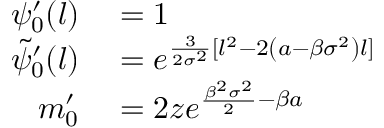
\begin{array} { r l } { \psi _ { 0 } ^ { \prime } ( l ) } & { { } = 1 } \\ { \tilde { \psi } _ { 0 } ^ { \prime } ( l ) } & { { } = e ^ { \frac { 3 } { 2 \sigma ^ { 2 } } [ l ^ { 2 } - 2 \left( a - \beta \sigma ^ { 2 } \right) l ] } } \\ { m _ { 0 } ^ { \prime } } & { { } = 2 z e ^ { \frac { \beta ^ { 2 } \sigma ^ { 2 } } { 2 } - \beta a } } \end{array}